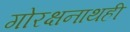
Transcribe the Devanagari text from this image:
गोरक्षनाथही